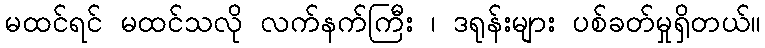
မထင်ရင် မထင်သလို လက်နက်ကြီး ၊ ဒရုန်းများ ပစ်ခတ်မှုရှိတယ်။